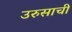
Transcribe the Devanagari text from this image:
उरुसाची